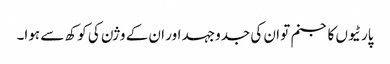
پارٹیوں کا جنم تو ان کی جدوجہد اور ان کے وژن کی کوکھ سے ہوا۔